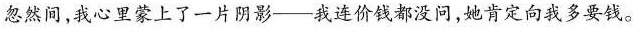
忽然间，我心里蒙上了一片阴影--我连价钱都没问，她肯定向我多要钱。